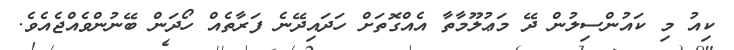
ކިއު މި ކައުންސިލުން ދޭ މަޢުލޫމާތާ އެއްގޮތަށް ހަދައިދޭނެ ފަރާތެއް ހޯދަން ބޭނުންވެއްޖެއެވެ.